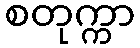
စတုက္ကာ